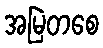
အမြဲတစေ